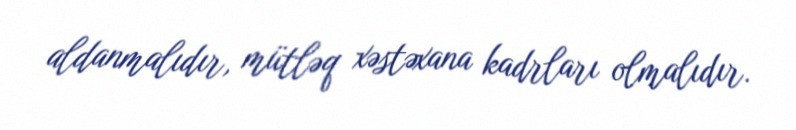
aldanmalıdır, mütləq xəstəxana kadrları olmalıdır.